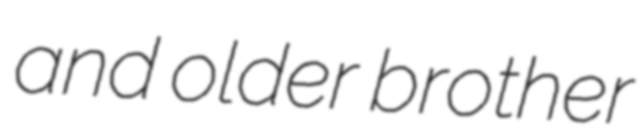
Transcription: and older brother